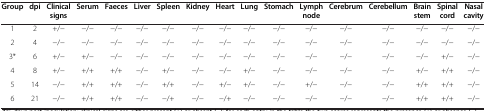
<table><thead><tr><td><b>Group</b></td><td><b>dpi</b></td><td><b>Clinical signs</b></td><td><b>Serum</b></td><td><b>Faeces</b></td><td><b>Liver</b></td><td><b>Spleen</b></td><td><b>Kidney</b></td><td><b>Heart</b></td><td><b>Lung</b></td><td><b>Stomach</b></td><td><b>Lymph node</b></td><td><b>Cerebrum</b></td><td><b>Cerebellum</b></td><td><b>Brain stem</b></td><td><b>Spinal cord</b></td><td><b>Nasal cavity</b></td></tr></thead><tbody><tr><td>1</td><td>2</td><td>+/−</td><td>−/−</td><td>−/−</td><td>−/−</td><td>−/−</td><td>−/−</td><td>−/−</td><td>−/−</td><td>−/−</td><td>−/−</td><td>−/−</td><td>−/−</td><td>−/−</td><td>−/−</td><td>−/−</td></tr><tr><td>2</td><td>4</td><td>−/−</td><td>−/−</td><td>−/−</td><td>−/−</td><td>−/−</td><td>−/−</td><td>−/−</td><td>−/−</td><td>−/−</td><td>−/−</td><td>−/−</td><td>−/−</td><td>−/−</td><td>−/−</td><td>−/−</td></tr><tr><td>3*</td><td>6</td><td>+/−</td><td>+/−</td><td>−/−</td><td>−/−</td><td>−/−</td><td>−/−</td><td>−/−</td><td>−/−</td><td>−/−</td><td>−/−</td><td>−/−</td><td>−/−</td><td>−/−</td><td>+/−</td><td>−/−</td></tr><tr><td>4</td><td>8</td><td>+/−</td><td>+/+</td><td>+/+</td><td>−/−</td><td>+/−</td><td>−/−</td><td>−/−</td><td>+/−</td><td>−/−</td><td>−/−</td><td>−/−</td><td>−/−</td><td>+/−</td><td>+/+</td><td>−/−</td></tr><tr><td>5</td><td>14</td><td>−/−</td><td>+/+</td><td>+/+</td><td>−/−</td><td>+/+</td><td>−/−</td><td>+/−</td><td>+/−</td><td>−/−</td><td>+/−</td><td>−/−</td><td>−/−</td><td>+/+</td><td>+/+</td><td>−/−</td></tr><tr><td>6</td><td>21</td><td>−/−</td><td>+/+</td><td>+/+</td><td>−/−</td><td>−/+</td><td>−/−</td><td>−/+</td><td>−/−</td><td>−/−</td><td>−/−</td><td>−/−</td><td>−/−</td><td>+/+</td><td>+/+</td><td>−/−</td></tr></tbody></table>